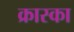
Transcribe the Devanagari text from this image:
क्रास्का